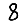
Digit: 8